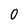
Character: 0